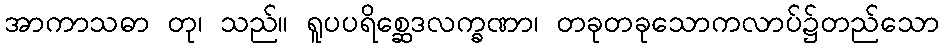
အာကာသဓာ တု၊ သည်။ ရူပပရိစ္ဆေဒလက္ခဏာ၊ တခုတခုသောကလာပ်၌တည်သော